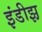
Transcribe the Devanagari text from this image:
इंडीझ़़